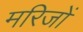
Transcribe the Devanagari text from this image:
मरिजों